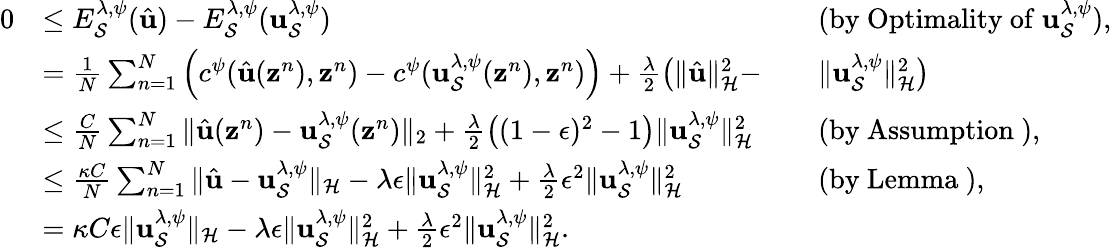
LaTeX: \begin{array}{rlrl}{0}&{\leq E_{\mathcal{S}}^{\lambda,\psi}(\hat{{\mathbf u}})-E_{\mathcal{S}}^{\lambda,\psi}({{\mathbf u}_{\mathcal{S}}^{\lambda,\psi}})}&&{\mathrm{(by~Optimality~of~}{\mathbf u}_{\mathcal{S}}^{\lambda,\psi}),}\\ &{=\frac{1}{N}\sum_{n=1}^{N}\Big(c^{\psi}(\hat{{\mathbf u}}({\mathbf z}^{n}),{\mathbf z}^{n})-c^{\psi}({{\mathbf u}}_{\mathcal{S}}^{\lambda,\psi}({\mathbf z}^{n}),{\mathbf z}^{n})\Big)+\frac{\lambda}{2}\big(\| \hat{{\mathbf u}}\| _{\mathcal{H}}^{2}-}&&{\| {{\mathbf u}}_{\mathcal{S}}^{\lambda,\psi}\| _{\mathcal{H}}^{2}\big)}\\ &{\leq\frac{C}{N}\sum_{n=1}^{N}\| \hat{{\mathbf u}}({\mathbf z}^{n})-{\mathbf u}_{\mathcal{S}}^{\lambda,\psi}({\mathbf z}^{n})\| _{2}+\frac{\lambda}{2}\big((1-\epsilon)^{2}-1\big)\| {\mathbf u}_{\mathcal{S}}^{\lambda,\psi}\| _{\mathcal{H}}^{2}}&&{\mathrm{(by~Assumption~}),}\\ &{\leq\frac{\kappa C}{N}\sum_{n=1}^{N}\| \hat{{\mathbf u}}-{\mathbf u}_{\mathcal{S}}^{\lambda,\psi}\| _{\mathcal{H}}-\lambda\epsilon\| {\mathbf u}_{\mathcal{S}}^{\lambda,\psi}\| _{\mathcal{H}}^{2}+\frac{\lambda}{2}\epsilon^{2}\| {\mathbf u}_{\mathcal{S}}^{\lambda,\psi}\| _{\mathcal{H}}^{2}}&&{\mathrm{(by~Lemma~}),}\\ &{=\kappa C\epsilon\| {\mathbf u}_{\mathcal{S}}^{\lambda,\psi}\| _{\mathcal{H}}-\lambda\epsilon\| {\mathbf u}_{\mathcal{S}}^{\lambda,\psi}\| _{\mathcal{H}}^{2}+\frac{\lambda}{2}\epsilon^{2}\| {\mathbf u}_{\mathcal{S}}^{\lambda,\psi}\| _{\mathcal{H}}^{2}.}&&{}\end{array}